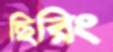
ছিরিং